Civil Veterinary Department Bengal reports 1933-51 - 1933-1951
Year: 1933
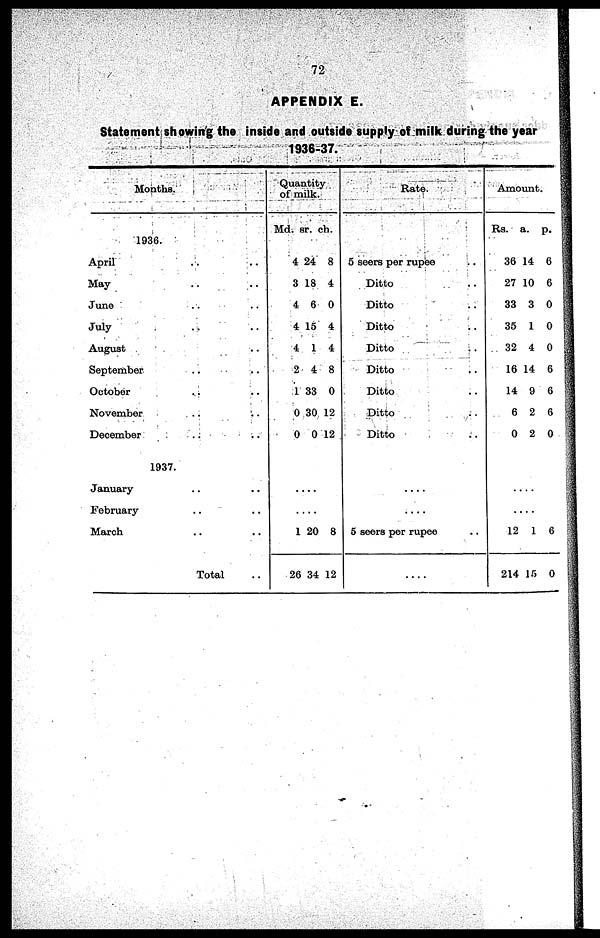
72
APPENDIX E.
Statement showing the inside and outside supply of milk during the year
1936-37.
Months.
1936.
April
..
..
..
May
..
..
..
June .. .. ..
July
..
..
..
August
..
..
..
September
..
..
..
October
..
..
..
November .. .. ..
December
..
..
..
1937.
January .. ..
February .. ..
March .. ..
Total ..
Quantity
of milk.
Md.
4
3
4
4
4
2
1
0
0
1
26
sr.
24
18
6
15
1
4
33
30
0
....
....
20
34
ch.
8
4
0
4
4
8
0
12
12
8
12
Rate.
5 seers per rupee
..
Ditto
..
Ditto
..
Ditto
..
Ditto
..
Ditto
..
Ditio ..
Ditto
..
Ditio ..
......
......
5 seers per rupee ..
......
Amount.
Rs.
36
27
33
35
32
16
14
6
0
......
.......
12
214
a.
14
10
3
1
4
14
9
2
2
1
15
p.
6
6
0
0
0
6
6
6
0
6
0